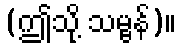
(ဤသို့ သမ္ဗန်)။